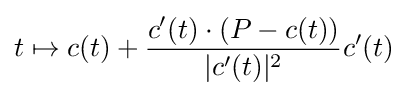
t\mapsto c(t)+{c'(t)\cdot (P-c(t)) \over |c'(t)|^{2}}c'(t)